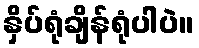
နှိပ်ရုံချိန်ရုံပါပဲ။